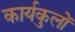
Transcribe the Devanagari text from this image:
कार्यकुलों